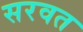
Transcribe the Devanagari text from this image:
सरवत